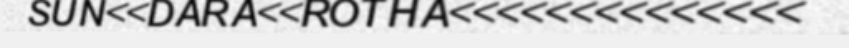
SUN<<DARA<<ROTHA<<<<<<<<<<<<<<